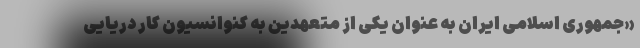
«جمهوری اسلامی ایران به عنوان یکی از متعهدین به کنوانسیون کار دریایی